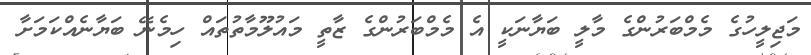
މަޖިލީހުގެ މެމްބަރުންގެ މާލީ ބަޔާނަކީ އެ މެމްބަރުންގެ ޒާތީ މައުލޫމާތުތައް ހިމެނޭ ބަޔާނެއްކަމަށާ